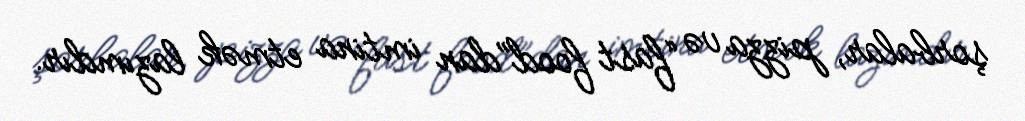
şorbalar, pizza və “fast food”dan imtina etmək lazımdır.